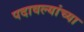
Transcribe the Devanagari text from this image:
पदावल्यांच्या